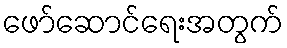
ဖော်ဆောင်ရေးအတွက်